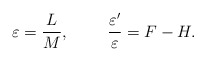
\begin{align*}\varepsilon = \frac{L}{M},~~~~~~~\frac{\varepsilon'}{\varepsilon} = F - H.\end{align*}